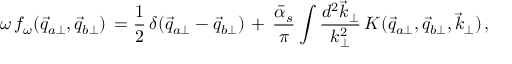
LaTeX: \omega \, f _ { \omega } ( \vec { q } _ { a \perp } , \vec { q } _ { b \perp } ) \, = { \frac { 1 } { 2 } } \, \delta ( \vec { q } _ { a \perp } - \vec { q } _ { b \perp } ) \, + \, { \frac { \bar { \alpha } _ { s } } { \pi } } \int { \frac { d ^ { 2 } \vec { k } _ { \perp } } { k _ { \perp } ^ { 2 } } } \, K ( \vec { q } _ { a \perp } , \vec { q } _ { b \perp } , \vec { k } _ { \perp } ) \, ,